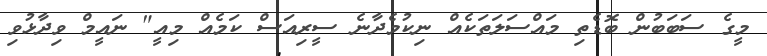
މީގެ ސަބަބުން ބޮޑެތި މައްސަލަަތަކެއް ނިކުމެދާނެ ސީރިއަސް ކަމެއް މިއީ" ނައީމް ވިދާޅުވި